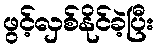
ဖွင့်လှစ်နိုင်ခဲ့ပြီး